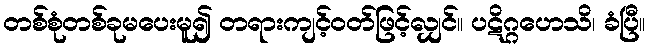
တစ်စုံတစ်ခုမပေးမူ၍ တရားကျင့်ဝတ်ဖြင့်လျှင်။ ပဋိဂ္ဂဟေသိ၊ ခံပြီ။